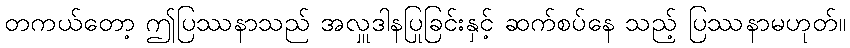
တကယ်တော့ ဤပြဿနာသည် အလှူဒါနပြုခြင်းနှင့် ဆက်စပ်နေ သည့် ပြဿနာမဟုတ်။